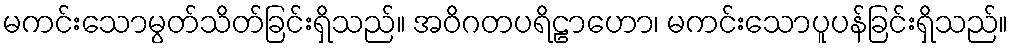
မကင်းသောမွတ်သိတ်ခြင်းရှိသည်။ အဝိဂတပရိဠာဟော၊ မကင်းသောပူပန်ခြင်းရှိသည်။